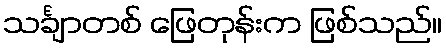
သင်္ချာတစ် ဖြေတုန်းက ဖြစ်သည်။